Civil Veterinary Dept. North-West Frontier Province 1901-22 - 1901-1922
Year: 1901
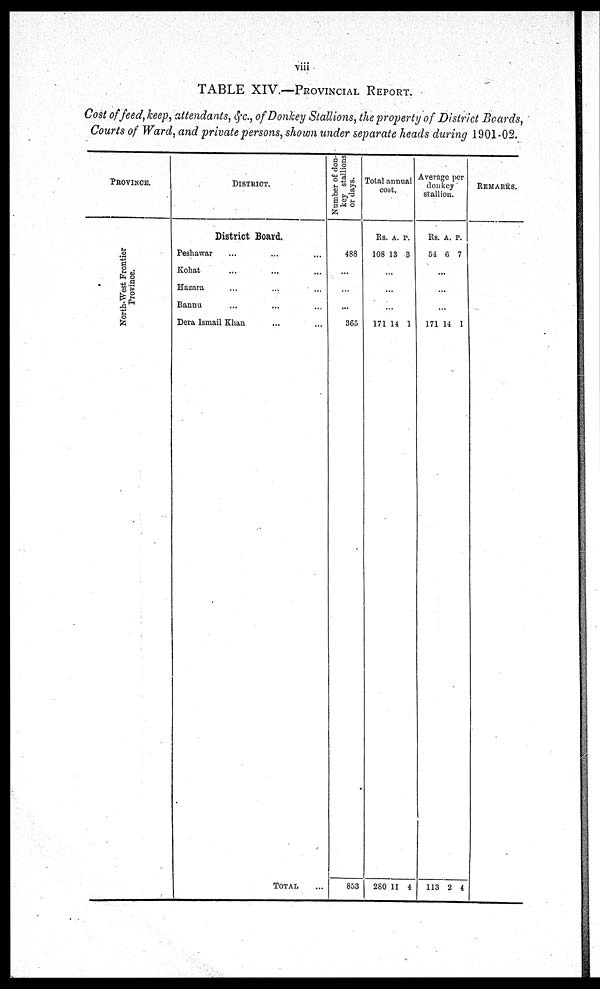
viii
TABLE XIV.—PROVINCIAL REPORT.
Cost of feed, keep, attendants, &c., of Donkey Stallions, the property of District Boards,
Courts of Ward, and private persons, shown under separate heads during 1901-02.
PROVINCE.
North-West Frontier
Province.
DISTRICT.
District Board.
Peshawar ... ... ...
Kohat ... ... ...
Hazara ... ... ...
Bannu ... ... ...
Dera Ismail Khan ... ...
TOTAL ...
Number of don-
key stallions
or days.
488
...
...
...
365
853
Total annual
cost.
Rs.
108
A.
13
P.
3
...
...
...
171
280
14
11
1
4
Average per
donkey
stallion.
Rs.
54
A.
6
P.
7
...
...
...
171
113
14
2
1
4
REMARKS.